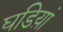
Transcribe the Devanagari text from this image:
घडिय़ां